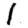
Digit: 1